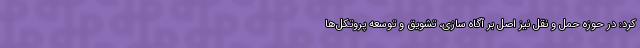
کرد: در حوزه حمل و نقل نیز اصل بر آگاه سازی، تشویق و توسعه پروتکل‌ها